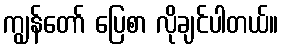
ကျွန်တော် ပြေစာ လိုချင်ပါတယ်။